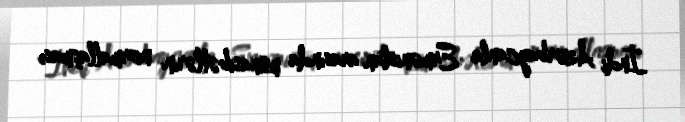
İndi Azərbaycanla Ermənistan arasında münasibətlərin normallaşması